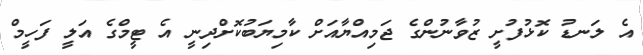
އެ ލަނޑު ކޮޅުފުށީ ޒުވާނުންގެ ޖަމިއްޔާއަށް ކާމިޔަބުކޮށްދިނީ އެ ޓީމްގެ އަލީ ފަހީމް